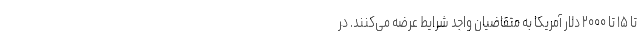
تا ۱۵ تا ۲۰۰۰ دلار آمریکا به متقاضیان واجد شرایط عرضه می‌کنند. در